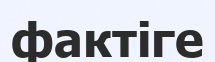
фактіге